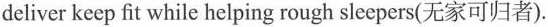
deliver keep fit while helping rough sleepers(无家可归者).